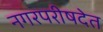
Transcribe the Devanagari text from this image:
नगरपरीषदेत